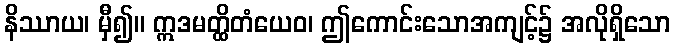
နိဿာယ၊ မှီ၍။ ဣဒမတ္ထိတံယေဝ၊ ဤကောင်းသောအကျင့်၌ အလိုရှိသော